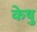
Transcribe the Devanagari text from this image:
केषु